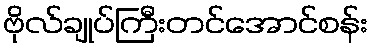
ဗိုလ်ချုပ်ကြီးတင်အောင်စန်း